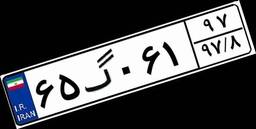
۵۹گ۶۵۰۷۶